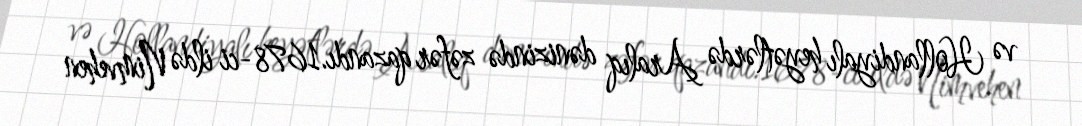
və Hollandiyalı heyətlərdə Aralıq dənizində zəfər qazandı.1678-ci ildə Nimvehen